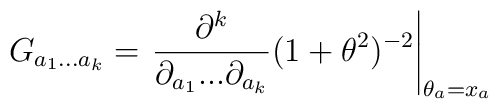
G_{a_1...a_k} = \left. \frac{\partial^k}{\partial_{a_1}...\partial_{a_k}}	(1 + \theta^2)^{-2} \right|_{\theta_a=x_a}